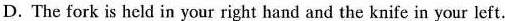
D. The fork is held in your right hand and the knife in your left.